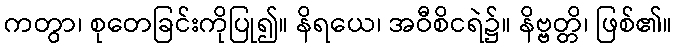
ကတွာ၊ စုတေခြင်းကိုပြု၍။ နိရယေ၊ အဝီစိငရဲ၌။ နိဗ္ဗတ္တိ၊ ဖြစ်၏။